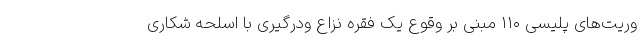
وریت‌های پلیسی ۱۱۰ مبنی بر وقوع یک فقره نزاع ودرگیری با اسلحه شکاری